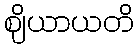
ဈိယာယတိ